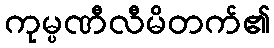
ကုမ္ပဏီလီမိတက်၏